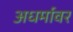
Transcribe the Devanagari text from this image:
अधर्मावर